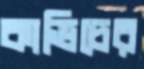
কাভিচের